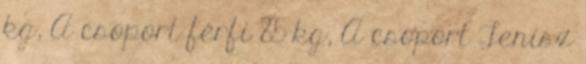
kg, A csoport férfi 85 kg, A csoport Tenisz